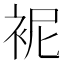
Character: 䘦